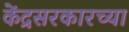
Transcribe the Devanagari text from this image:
केंद्रसरकारच्या